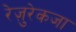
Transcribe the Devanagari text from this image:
रेज़ुरेकजा